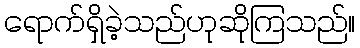
ရောက်ရှိခဲ့သည်ဟုဆိုကြသည်။